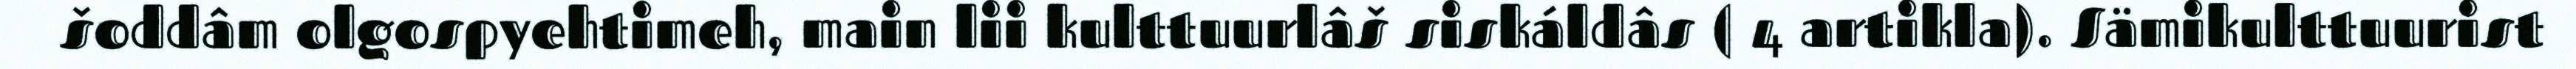
šoddâm olgospyehtimeh, main lii kulttuurlâš siskáldâs ( 4 artikla). Sämikulttuurist